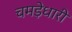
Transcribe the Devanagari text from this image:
चमड़ेधारी